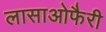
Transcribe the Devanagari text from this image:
लासाओफैरी